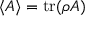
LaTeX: \langle A \rangle = \operatorname { t r } ( \rho A )